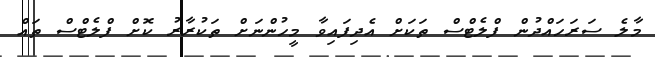
މާލެ ސަރަހައްދުން ފްލެޓްސް ތަކަށް އެދިފައިވާ މީހުންނަށް ތަކުރާރު ކޮށް ފްލެޓްސް ތައް